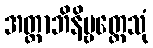
အတ္ထာဘိနိဗ္ဗတ္တေသုံ